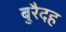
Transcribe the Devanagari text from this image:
बुरैदह